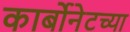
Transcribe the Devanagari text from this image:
कार्बोनेटच्या